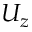
U _ { z }